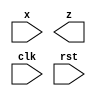
module seqdet (
    x,z,clk,rst
);
input x,clk,rst;
output z;
reg [2:0] state;
wire z;

endmodule